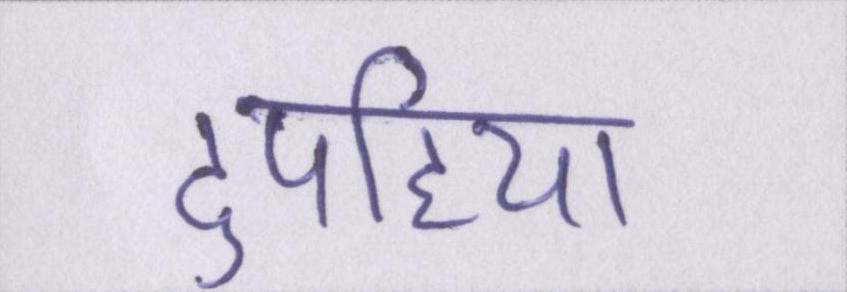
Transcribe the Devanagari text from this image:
दुपहिया